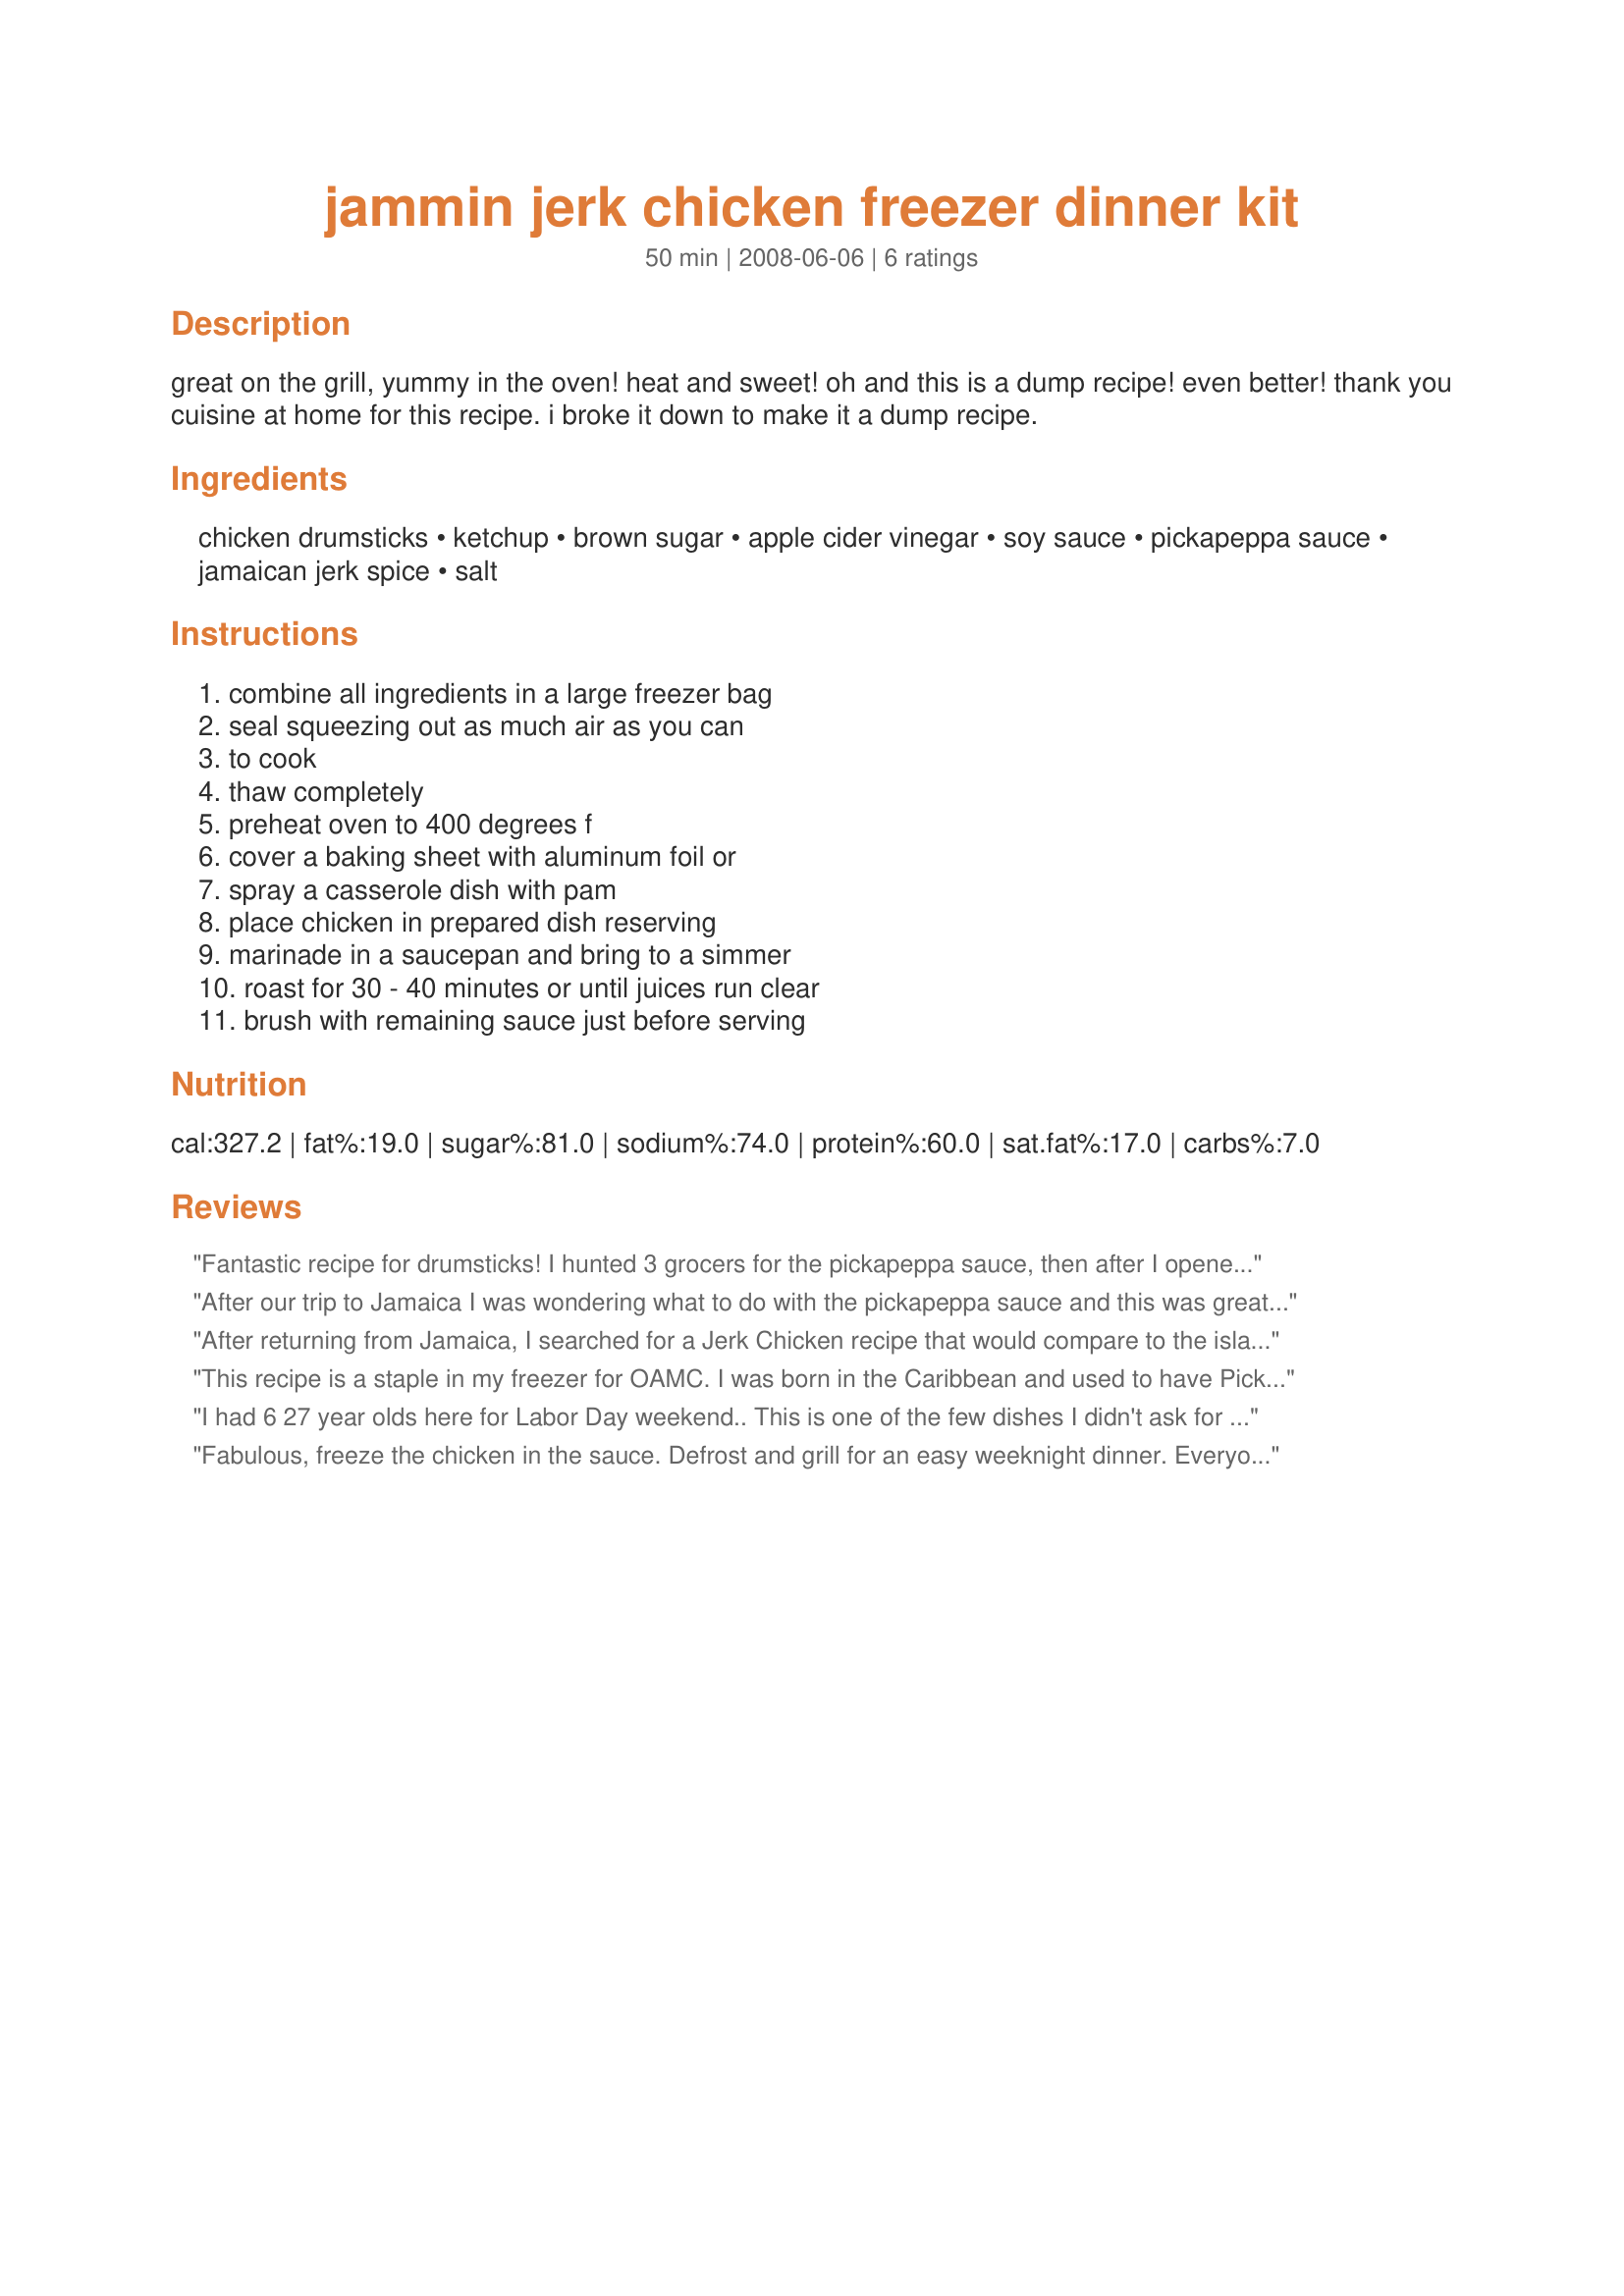
jammin jerk chicken freezer dinner kit
Preparation time: 50 minutes

great on the grill, yummy in the oven! heat and sweet! oh and this is a dump recipe! even better! thank you cuisine at home for this recipe. i broke it down to make it a dump recipe.

Ingredients:
chicken drumsticks, ketchup, brown sugar, apple cider vinegar, soy sauce, pickapeppa sauce, jamaican jerk spice, salt

Steps:
combine all ingredients in a large freezer bag, seal squeezing out as much air as you can, to cook, thaw completely, preheat oven to 400 degrees f, cover a baking sheet with aluminum foil or, spray a casserole dish with pam, place chicken in prepared dish reserving, marinade in a saucepan and bring to a simmer, roast for 30 - 40 minutes or until juices run clear, brush with remaining sauce just before serving

Reviews:
Fantastic recipe for drumsticks! I hunted 3 grocers for the pickapeppa sauce, then after I opened it up and smelled it, realized I could've used the walkerswood brand I have from Jamaica. The jerk spice I used is also walkerswood, and it was perfect! Thanks SecretIngredients for posting this yummy recipe! Made for PAC fall 2008.
After our trip to Jamaica I was wondering what to do with the pickapeppa sauce and this was great. My husband was so impressed.
After returning from Jamaica, I searched for a Jerk Chicken recipe that would compare to the islands...this is it! The Pickapeppa Sauce is a hit in my house! Try this on wings too, for a great appetizer and tailgate option.
This recipe is a staple in my freezer for OAMC. I was born in the Caribbean and used to have Pickapeppa sauce on just about everything. After moving to the US, we never used it again....until now, that is. This recipe is wonderful, spicy, flavourful and so easy to prepare. It is a great anytime meal. I serve it with Jamaican rice &amp; peas and my family loves it. I find the Pickapeppa sauce in my local Indian shop. Thanks for sharing this recipe.
I had 6 27 year olds here for Labor Day weekend.. This is one of the few dishes I didn't ask for input on before cooking it.. EVERYONE LOVED IT!!! I ended up having to make a jar of jamacian jerk seasoning for each and finding 3 jars of pickapeppa sauce to send home with them ..I used boneless chicken breasts,mariniated them in the plastic bag.. cooked them on the grill, heated the remaining sauce til cooked and poured it over the chicken in a casserole dish..We cut it in smaller portions and served it with steak off the grill.
Fabulous, freeze the chicken in the sauce. Defrost and grill for an easy weeknight dinner. Everyone loved it.
